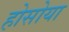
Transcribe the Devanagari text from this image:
होसोया